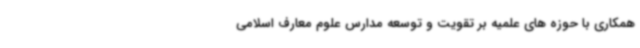
همکاری با حوزه های علمیه بر تقویت و توسعه مدارس علوم معارف اسلامی